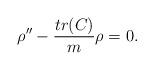
LaTeX: \begin{align*}\rho^{\prime\prime}-\frac{tr(C)}{m}\rho=0.\end{align*}